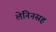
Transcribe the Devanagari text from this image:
लेनिनसह